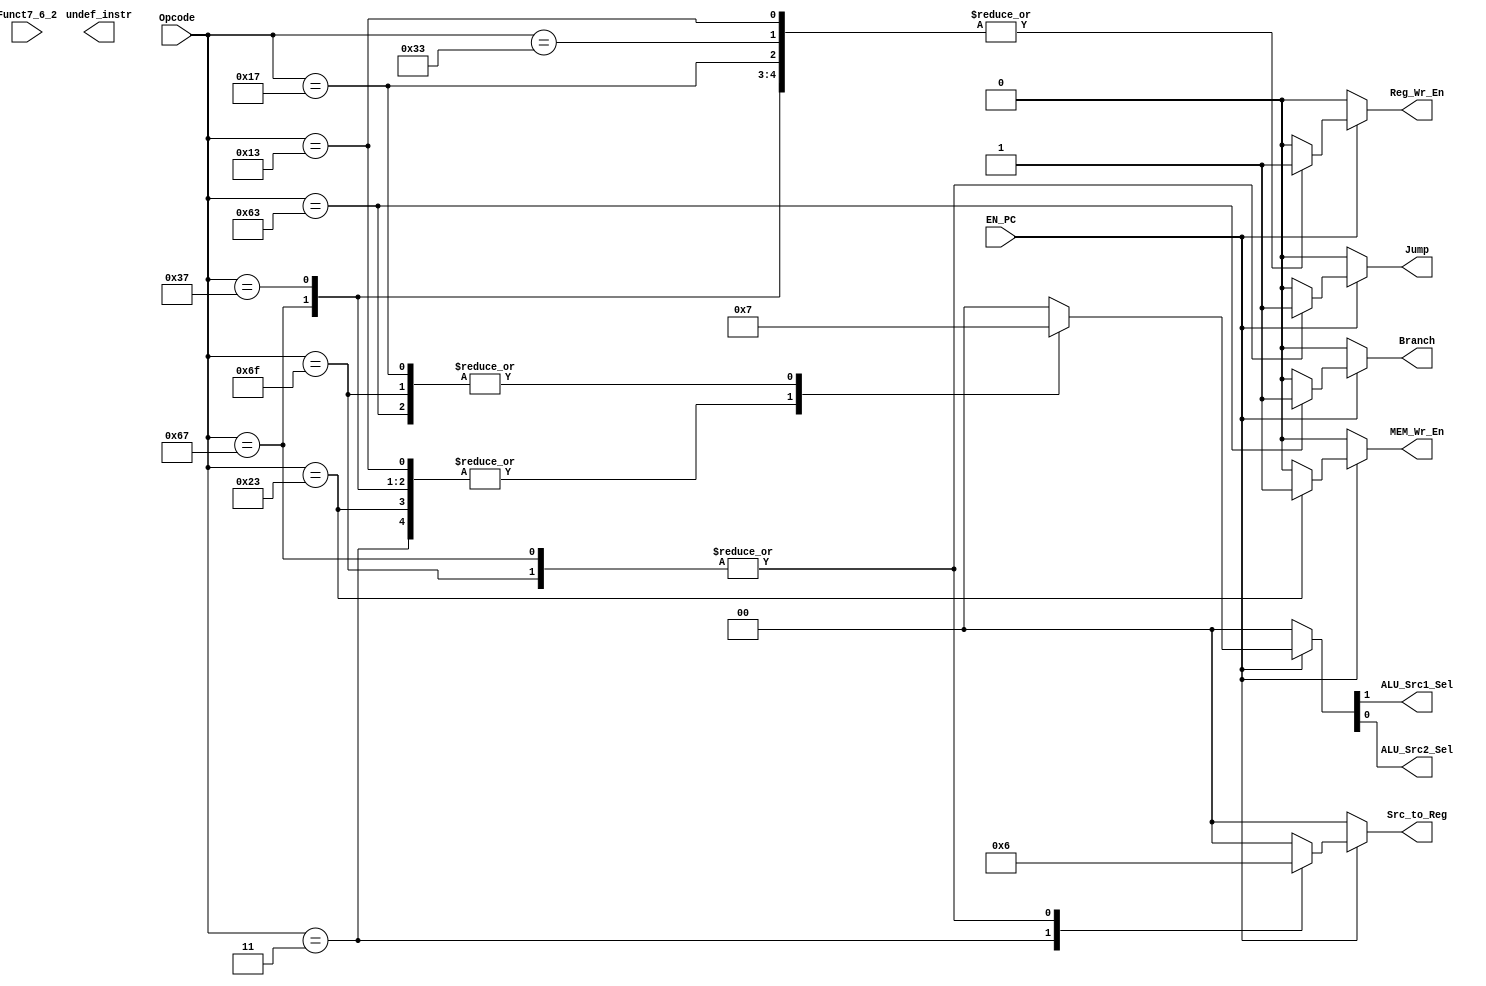
module Main_Decoder
(
	// INPUT
	input wire [6:0] Opcode,
	input wire       EN_PC,
	input wire [4:0] Funct7_6_2, 
	// OUTPUT
	// Memory Control Signals
	output reg       MEM_Wr_En,
	// Register Write Source
	output reg [1:0] Src_to_Reg,
	// RegFile Control Signals
	output reg 	     Reg_Wr_En,
	// Integer ALU Source signals
	output wire 	 ALU_Src1_Sel,
	output wire 	 ALU_Src2_Sel,
	// PC signals
	output reg       Branch,
	output reg       Jump,
	// undefined instruction
	output reg       undef_instr
);

// Supported ISA Based on the opcode
// Integer Instrustions
// R_TYPE Format
localparam R_TYPE = 7'b0110011;
// I_Type Format
localparam IMM 	  = 7'b0010011;
localparam LOAD   = 7'b0000011;
localparam JALR   = 7'b1100111;
// S_Type
localparam STORE  = 7'b0100011;
// SB_Type
localparam BRANCH = 7'b1100011; 
// UJ_Type
localparam JAL    = 7'b1101111;
// U_Type
localparam LUI 	  = 7'b0110111;
localparam AUIPC  = 7'b0010111;

reg [1:0] alu_src_flags;

reg PC_Change;
reg pc_src_flags;

assign {ALU_Src1_Sel,ALU_Src2_Sel} = alu_src_flags;

always @(*) begin
	
	MEM_Wr_En     = 1'b0;
	Src_to_Reg    = 2'b00;
	Reg_Wr_En     = 1'b0;
	alu_src_flags = 2'b00;
	Branch        = 1'b0;
	Jump          = 1'b0;

	// NOP insertion or Instruction is corrupted
	if (!EN_PC) begin
		Src_to_Reg    = 2'b00;
		Reg_Wr_En     = 1'b0;
		alu_src_flags = 'b0;
		Branch        = 1'b0;
	    Jump          = 1'b0;
		MEM_Wr_En     = 1'b0;
	end
	else begin
		case (Opcode)
			R_TYPE: begin
				Reg_Wr_En     = 1'b1;
			end
			IMM:begin
				Reg_Wr_En     = 1'b1;
				alu_src_flags = 2'b01; 
			end
			LOAD: begin
				Reg_Wr_En     = 1'b1;
				alu_src_flags = 2'b01;
				Src_to_Reg    = 2'b01;
			end
			STORE: begin
				alu_src_flags = 2'b01;
				MEM_Wr_En     = 1'b1;
			end
			BRANCH: begin
				alu_src_flags = 2'b11;
				PC_Change     = 1'b1;
				Branch        = 1'b1;
			end
			JAL: begin
				PC_Change     = 1'b1;
				Reg_Wr_En     = 1'b1;
				Src_to_Reg    = 2'b10;
				alu_src_flags = 2'b11;
				Jump          = 1'b1;
			end
			JALR: begin
				Jump          = 1'b1;
				Reg_Wr_En     = 1'b1;
				PC_Change     = 1'b1;
				Src_to_Reg    = 2'b10;
				alu_src_flags = 2'b01;
			end
			LUI: begin
				Reg_Wr_En     = 1'b1;
				alu_src_flags = 2'b01;
			end
			AUIPC: begin
				Reg_Wr_En     = 1'b1;
				alu_src_flags = 2'b11;
			end
			default: begin
				PC_Change     = 1'b0;
				MEM_Wr_En     = 1'b0;
				Reg_Wr_En     = 1'b0;
				alu_src_flags = 2'b0;
				pc_src_flags  = 2'b0;
			end
		endcase
	end
	
end

endmodule